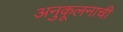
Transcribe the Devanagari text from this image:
अनुकूलनाची